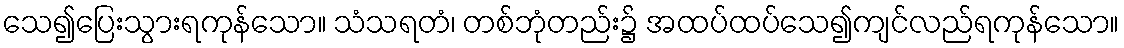
သေ၍ပြေးသွားရကုန်သော။ သံသရတံ၊ တစ်ဘုံတည်း၌ အထပ်ထပ်သေ၍ကျင်လည်ရကုန်သော။